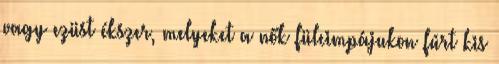
vagy ezüst ékszer, melyeket a nők fülcimpájukon fúrt kis